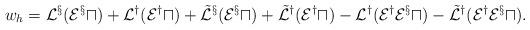
LaTeX: \begin{align*} w_h=\cal L^{x}(E^xu)+\cal L^{y}(E^yu)+\tilde{\cal L}^{x}(E^xu)+\tilde{\cal L}^{y}(E^yu)-\cal L^{y}(E^yE^xu)-\tilde{\cal L}^{y}(E^yE^xu).\end{align*}